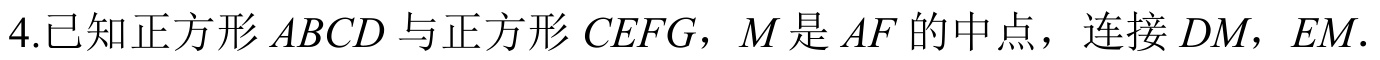
4.已知正方形\(ABCD\)与正方形\(CEFG\)，\(M\)是\(AF\)的中点，连接\(DM\)，\(EM\).